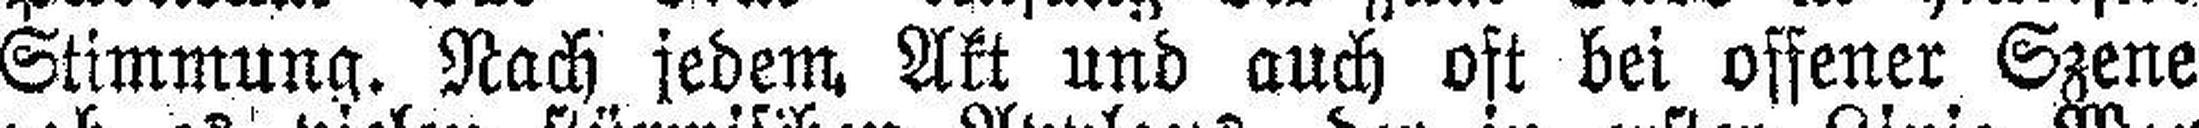
Stimmung. Nach jedem Akt und auch oft bei offener Szene